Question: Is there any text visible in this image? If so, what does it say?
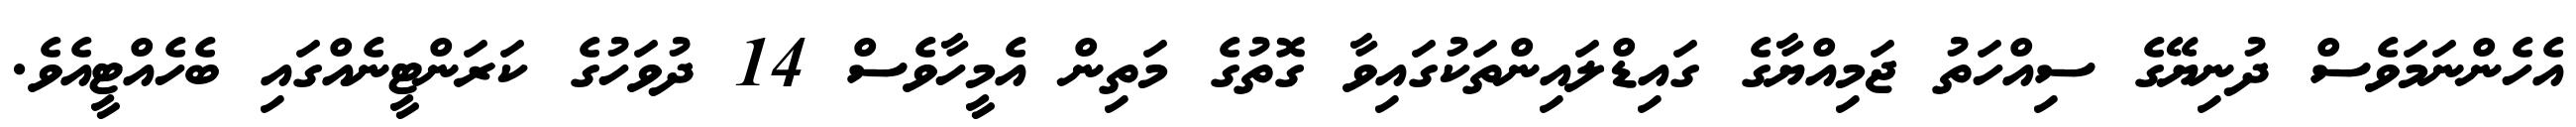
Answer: އެހެންނަމަވެސް ދުނިޔޭގެ ސިއްހަތު ޖަމިއްޔާގެ ގައިޑްލައިންތަކުގައިވާ ގޮތުގެ މަތިން އެމީހާވެސް 14 ދުވަހުގެ ކަރަންޓީނެއްގައި ބެހެއްޓީއެވެ.